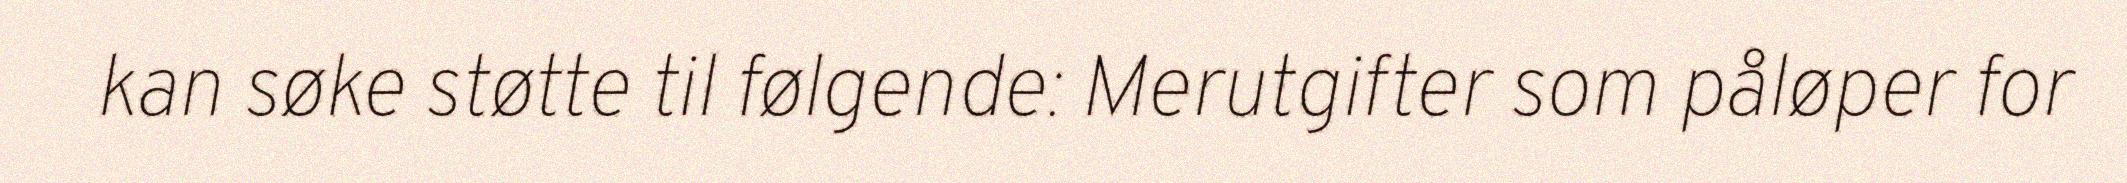
kan søke støtte til følgende: Merutgifter som påløper for